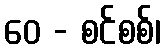
ဝေ - စင်စစ်၊